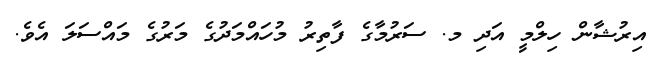
އިރުޝާން ހިލްމީ އަދި މ. ސަރުމާގެ ފާތިރު މުހައްމަދުގެ މަރުގެ މައްސަލަ އެވެ.